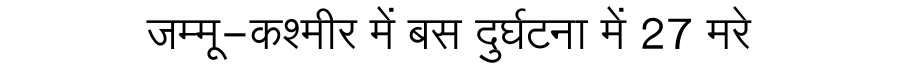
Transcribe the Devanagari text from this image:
जम्मू-कश्मीर में बस दुर्घटना में 27 मरे